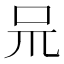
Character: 𠯚